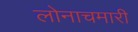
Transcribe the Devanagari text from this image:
लोनाचमारी